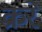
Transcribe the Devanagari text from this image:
क्ररे